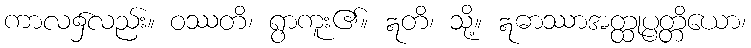
ကာလ၌လည်း။ ဝဿတိ၊ ရွာကူး၏။ ဣတိ၊ သို့။ ဣဓာဿာအတ္ထုပ္ပတ္တိယော၊